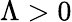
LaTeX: \Lambda>0